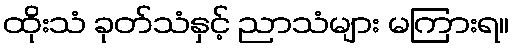
ထိုးသံ ခုတ်သံနှင့် ညာသံများ မကြားရ။